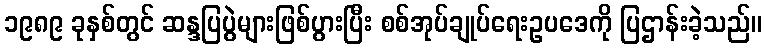
၁၉၈၉ ခုနှစ်တွင် ဆန္ဒပြပွဲများဖြစ်ပွားပြီး စစ်အုပ်ချုပ်ရေးဥပဒေကို ပြဌာန်းခဲ့သည်။